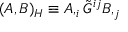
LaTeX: ( A , B ) _ { \cal H } \equiv A , _ { i } \tilde { G } ^ { i j } B , _ { j }